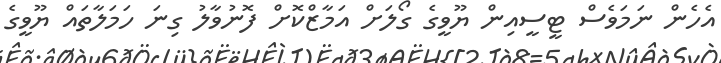
އެހެން ނަމަވެސް ޓީސީއިން ޔޫވީގެ ގޯލަށް އަމާޒްކޮށް ފޮނުވާލު ގިނަ ހަމަލާތައް ޔޫވީގެ